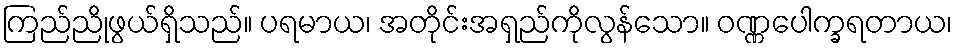
ကြည်ညိုဖွယ်ရှိသည်။ ပရမာယ၊ အတိုင်းအရှည်ကိုလွန်သော။ ဝဏ္ဏပေါက္ခရတာယ၊